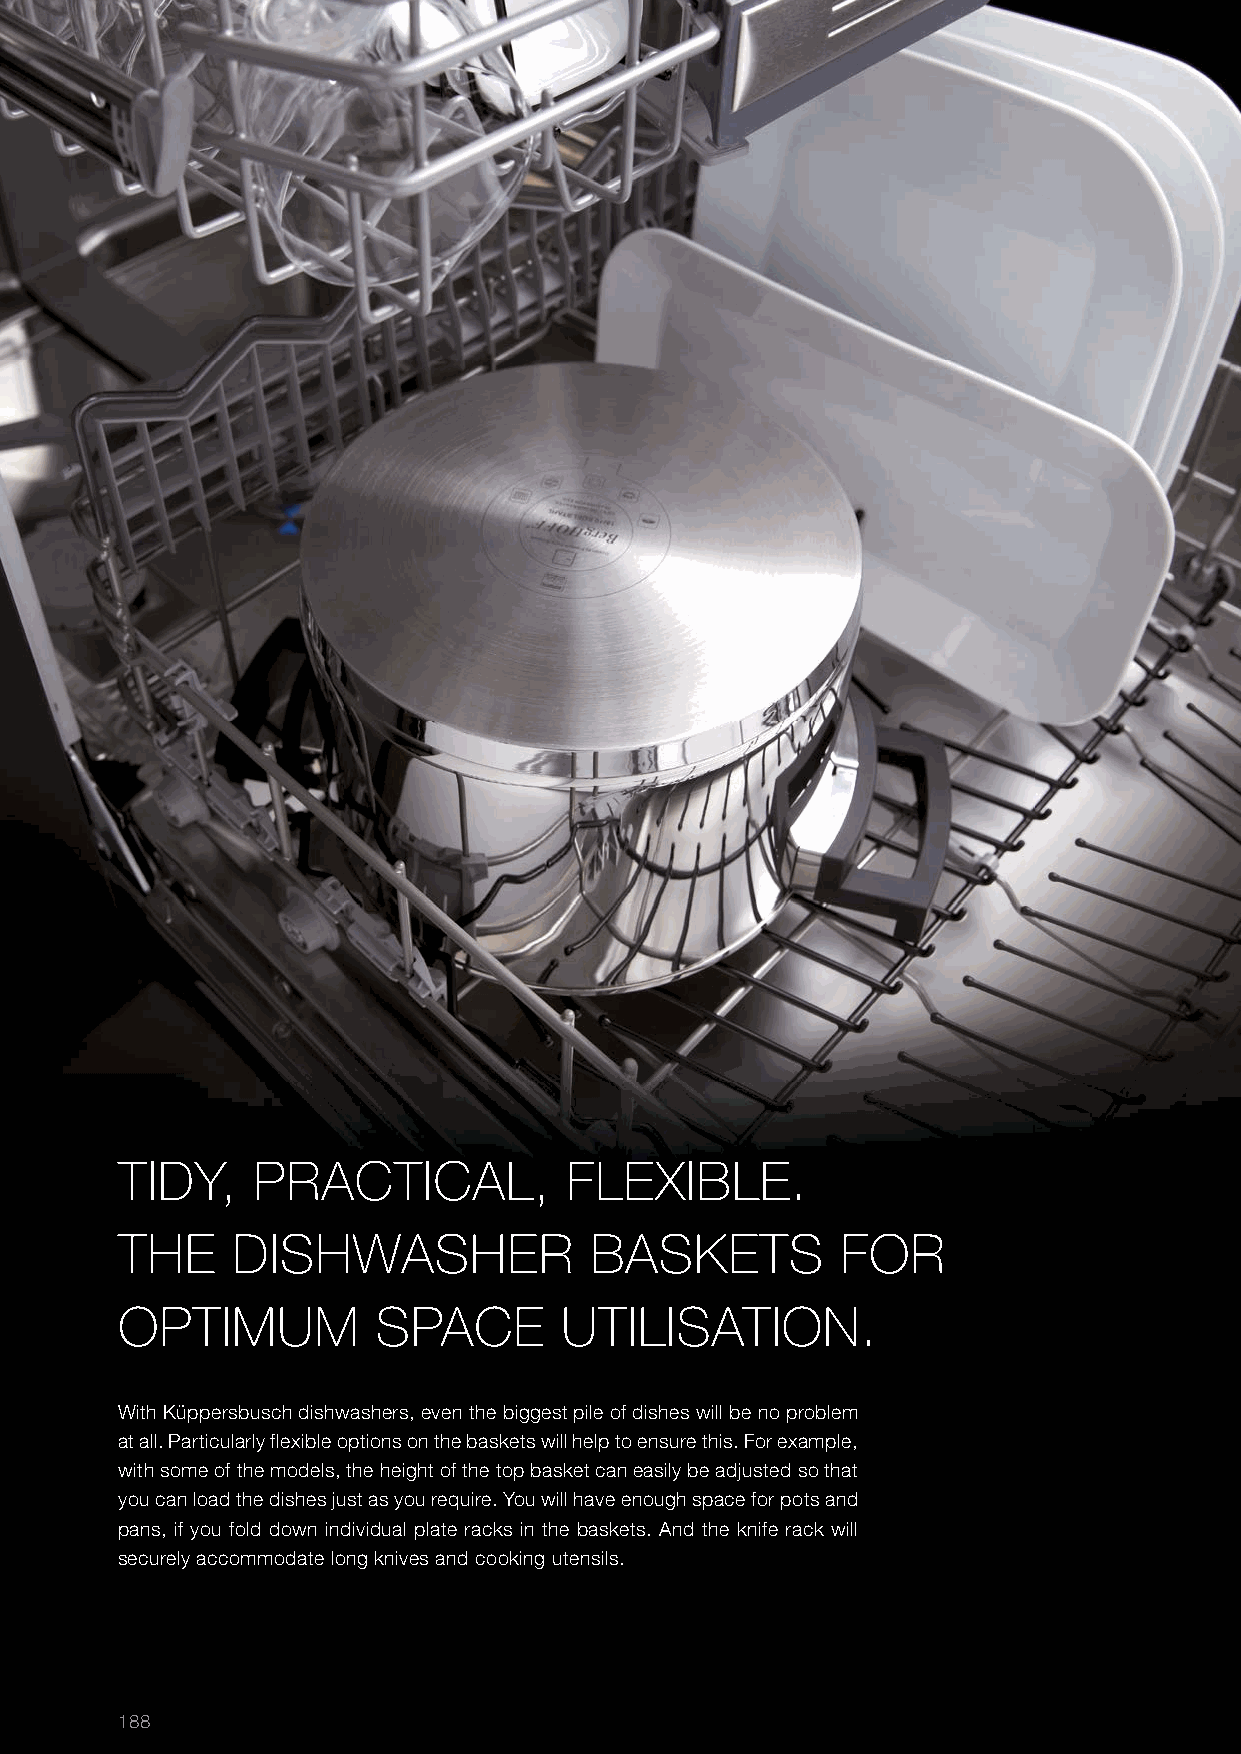
TIDY,    PRACTICAL,          FLEXIBLE.
 THE    DISHWASHER              BASKETS          FOR
 OPTIMUM          SPACE       UTILISATION.
 With Küppersbusch dishwashers, even the biggest pile of dishes will be no problem
 at all. Particularly flexible options on the baskets will help to ensure this. For example,
 with some of the models, the height of the top basket can easily be adjusted so that
 you can load the dishes just as you require. You will have enough space for pots and
 pans, if you fold down individual plate racks in the baskets. And the knife rack will
 securely accommodate long knives and cooking utensils.
 188